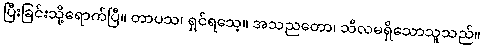
ပြီးခြင်းသို့ရောက်ပြီ။ တာပသ၊ ရှင်ရသေ့။ အသညတော၊ သီလမရှိသောသူသည်။